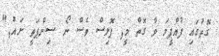
ގޮތުގައި ފުއްޕީމަ ވާ ގޮތް މީ